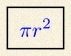
\pi r^2